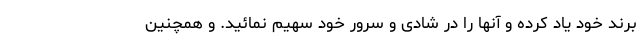
برند خود یاد کرده و آنها را در شادی و سرور خود سهیم نمائید. و همچنین